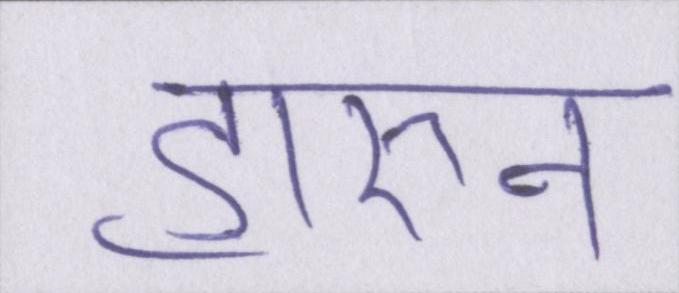
हारुन